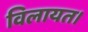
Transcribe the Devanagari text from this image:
विलायत।